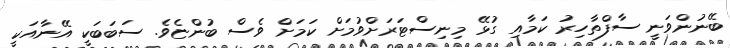
ބޭނުންވަނީ ސާފްތާހިރު ކަމާއި ގުޅޭ މިނިސްޓަރަށްވުމަށް ކަމަށް ވެސް ބުންޏެވެ. ސަބަބަކީ އޭނާއަކީ